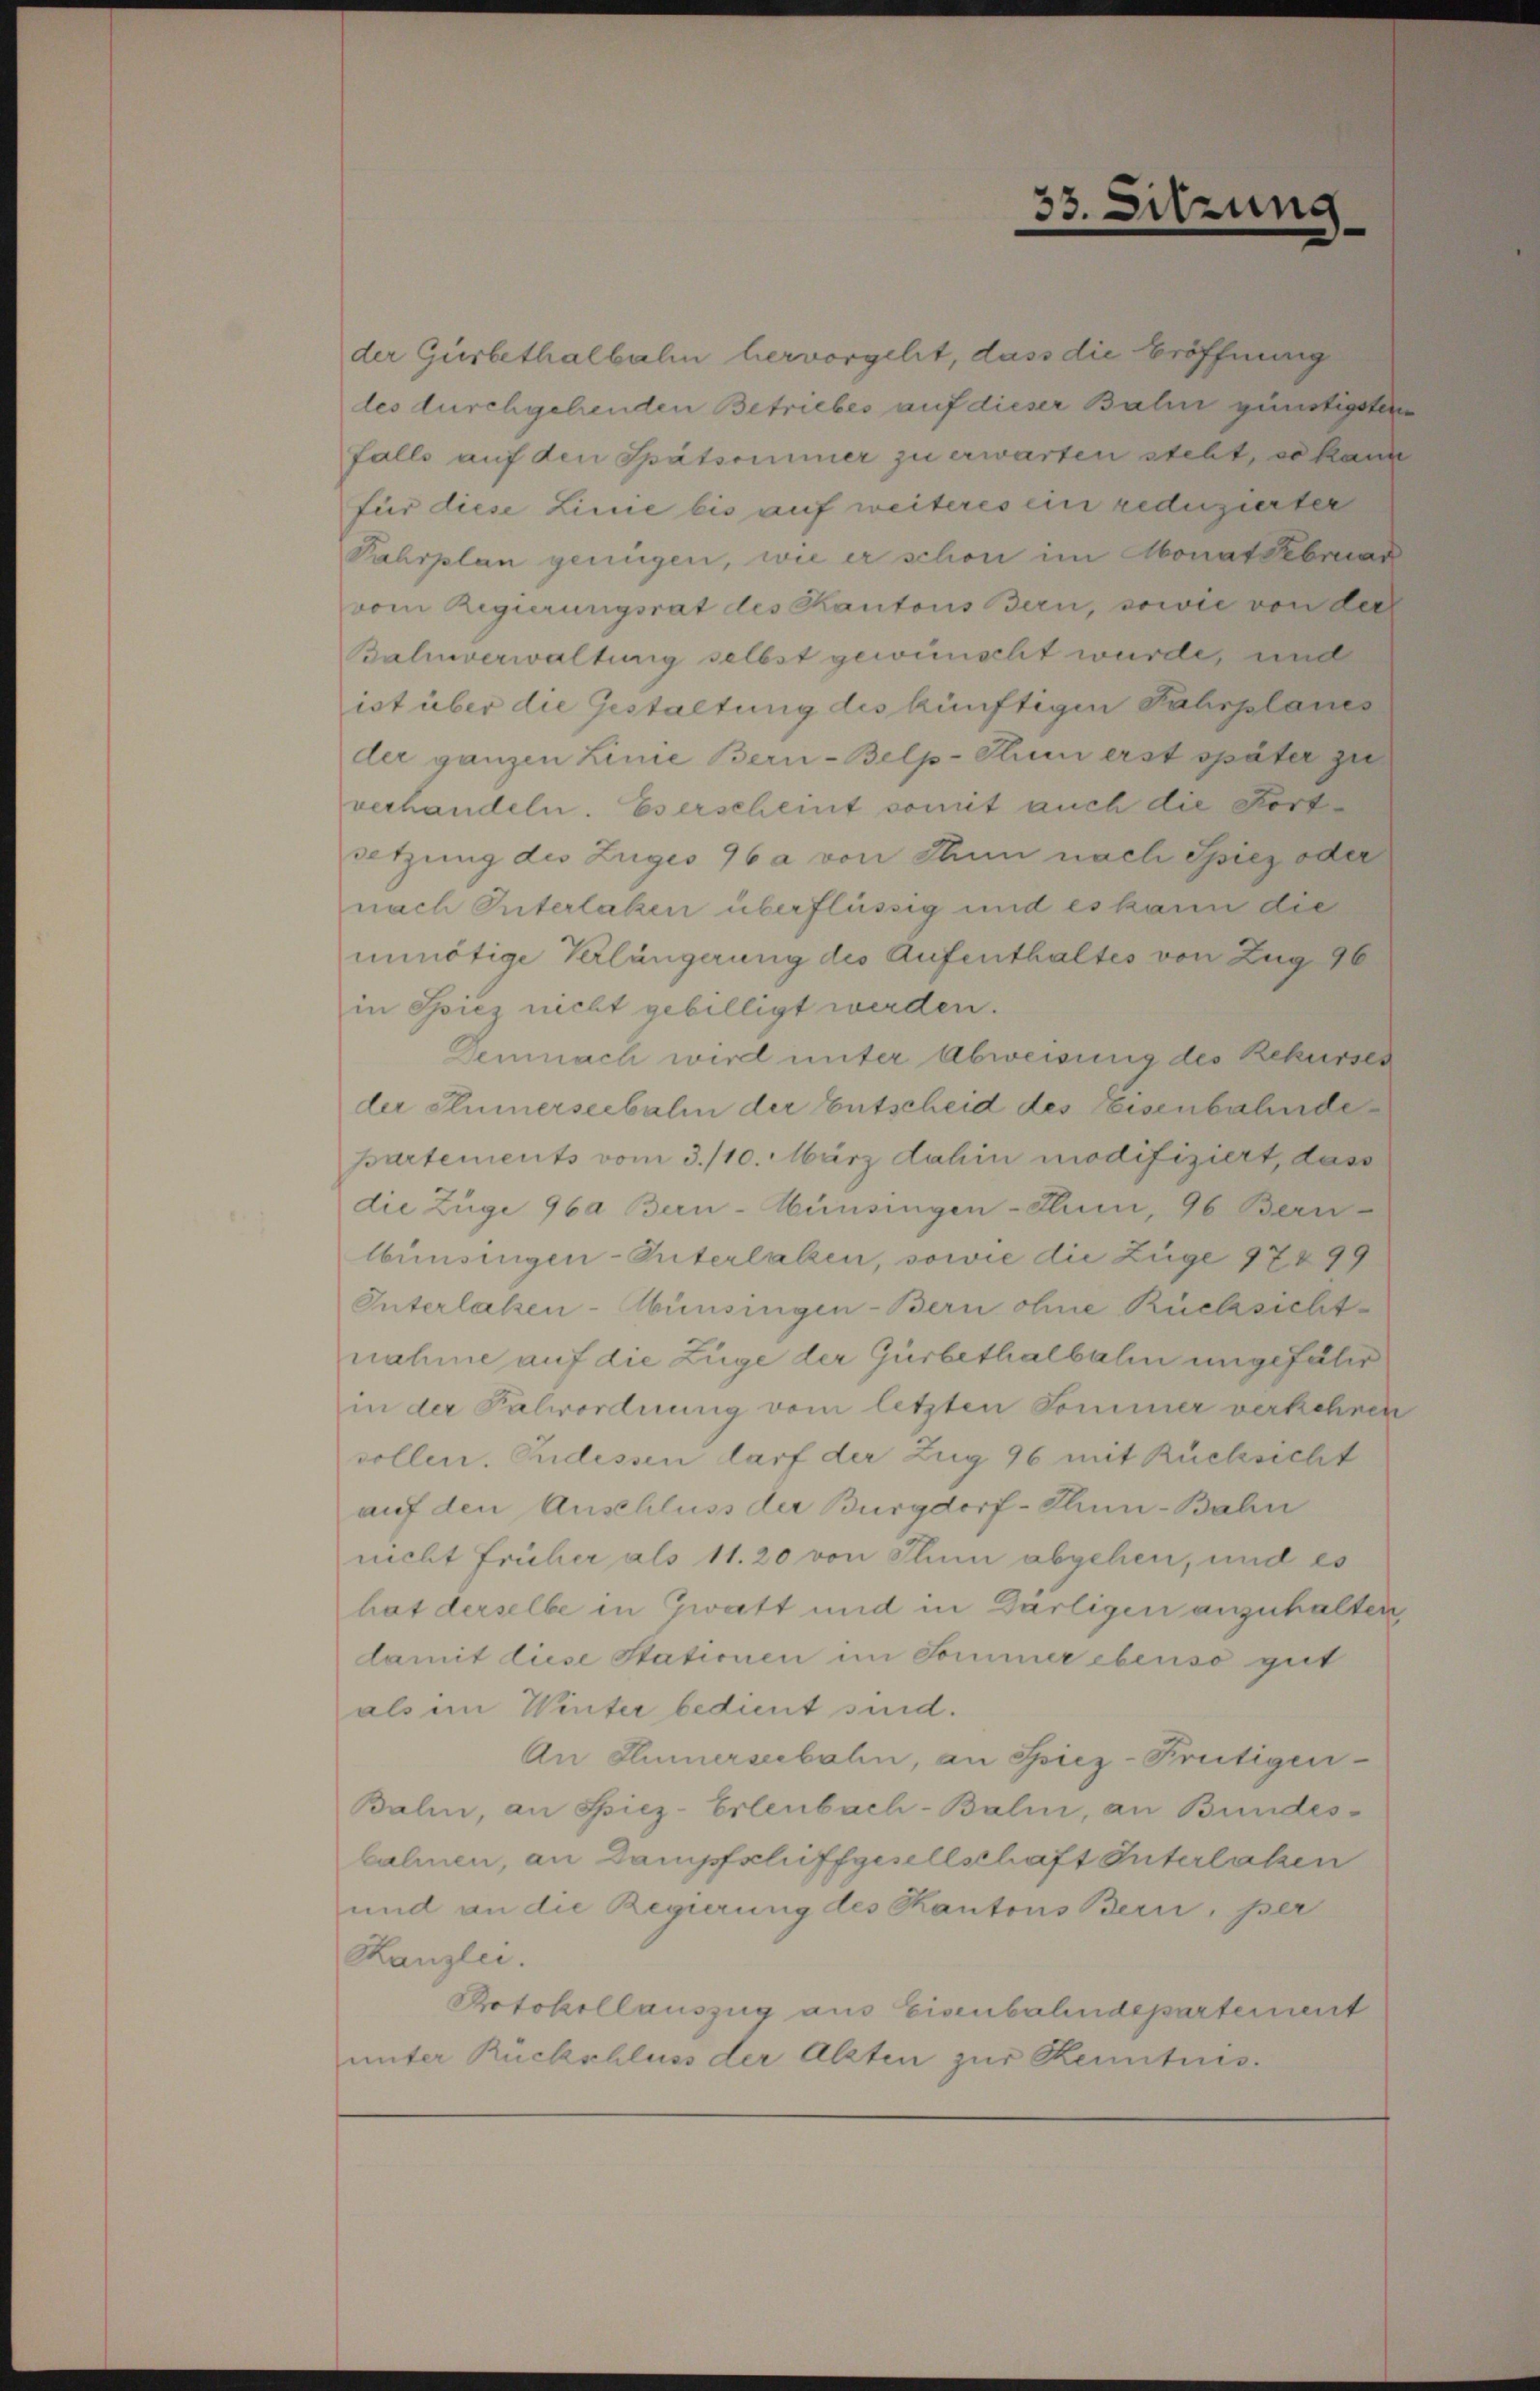
der Gürbethalbahn hervorgelit, dass die Eröffnung
les durchgehenden Betriebes auf dieser Bahn günstigsten
falls auf den Spätsoimmer zu erwarten steht, so kann
für diese Linie bis auf weiteres ein reduzierter
Fahrplan genügen, wie er schon im Monat Febrund
vom Regierungsrat des Kantons Bern, sowie von dies
Balinverwaltung selbst gewünscht wurde, und
ist über die Gestaltung des künftigen Fahrplanes
der ganzen Linie Bern-Belp-Kun erst später zu
verhandeln. Es erscheint somit auch die Fortdetzung des Zuges 96 a von Thun nach Spiez oder
nach Interlaken überflüssig und es kann die
unnötige Verlängerung des Aufenthaltes von Zug 96
in Spiez nicht gebilligt werden.
Demnach wird unter Abweisung des Rekurses
der stümerseebalen der Entscheid des Eisenbahnde¬
Bartements vom 3./10. März dahin modifiziert, dass
die Züge 96a Bern-Hünsingen-Inn, 96 Bern
lbünsingen-Interlaken, sowie die Züge 974 99
Interlaken-Münsingen-Bern ohne Rücksicht
nahme auf die Züge der Gürbethalbahn ungefähr
in der Salordnung vom letzten Sommer verkehren
vollen. Pudessen darf der Zug 96 mit Rücksicht
auf den Anschluss der Burgdorf-Thun-Bahn
nicht früher als 11. 20 von Thun abgehen, und es
hat derselbe in Zwatt und in Darligen anzuhalten
damit diese Stationen im Sommer ebenso gut
als im Winter bedient sind.
An Klinnerseebahn, an Spiez-Freitigen-
Balin, an Spiez-Erlenbach-Balin, an Bundes-
bahnen, an Dampfschiffgesellschaft Interlassen
und an die Regierung des Kantons Bern, per
Kanzlei.
Potokollauszug aus Eisenbahndepartement
unter Rückschluss der Alzten zur Kenntnis.

33. Sitzung